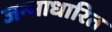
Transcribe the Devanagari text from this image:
जन्‍माधारित